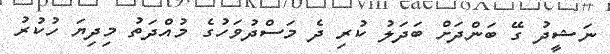
ނަޝީދު ގޭ ބަންދަށް ބަދަލު ކުރި ދެ މަސްދުވަހުގެ މުއްދަތު މިދިޔަ ހުކުރު